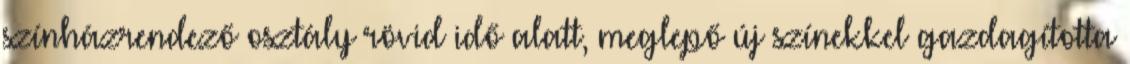
színházrendező osztály rövid idő alatt, meglepő új színekkel gazdagította